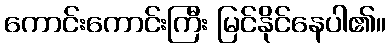
ကောင်းကောင်းကြီး မြင်နိုင်နေပါ၏။